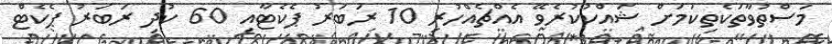
މަސްތުވާތަކެތިކަމަށް ޝައްކުކުރެވޭ އެއްޗެއްހުރި 10 ރަބަރު ޕެކެޓާއި 60 ކުދި ރަބަރު ޕެކެޓް